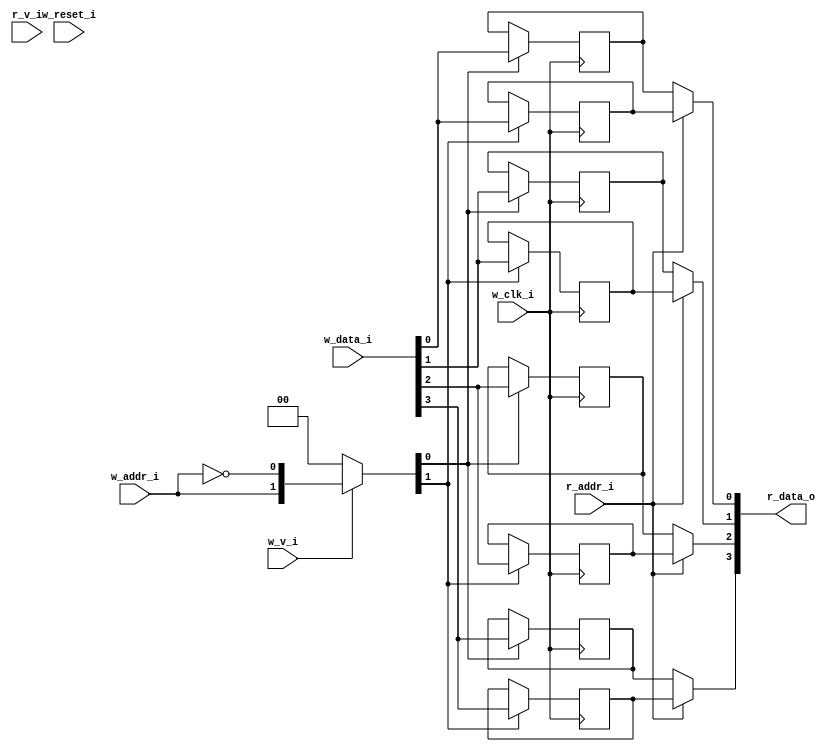
// This program was cloned from: https://github.com/NYU-MLDA/OpenABC
// License: BSD 3-Clause "New" or "Revised" License

module bsg_mem_1r1w_synth_width_p4_els_p2_read_write_same_addr_p0_harden_p0
(
  w_clk_i,
  w_reset_i,
  w_v_i,
  w_addr_i,
  w_data_i,
  r_v_i,
  r_addr_i,
  r_data_o
);

  input [0:0] w_addr_i;
  input [3:0] w_data_i;
  input [0:0] r_addr_i;
  output [3:0] r_data_o;
  input w_clk_i;
  input w_reset_i;
  input w_v_i;
  input r_v_i;
  wire [3:0] r_data_o;
  wire N0,N1,N2,N3,N4,N5,N7,N8;
  wire [7:0] mem;
  reg mem_7_sv2v_reg,mem_6_sv2v_reg,mem_5_sv2v_reg,mem_4_sv2v_reg,mem_3_sv2v_reg,
  mem_2_sv2v_reg,mem_1_sv2v_reg,mem_0_sv2v_reg;
  assign mem[7] = mem_7_sv2v_reg;
  assign mem[6] = mem_6_sv2v_reg;
  assign mem[5] = mem_5_sv2v_reg;
  assign mem[4] = mem_4_sv2v_reg;
  assign mem[3] = mem_3_sv2v_reg;
  assign mem[2] = mem_2_sv2v_reg;
  assign mem[1] = mem_1_sv2v_reg;
  assign mem[0] = mem_0_sv2v_reg;
  assign r_data_o[3] = (N3)? mem[3] : 
                       (N0)? mem[7] : 1'b0;
  assign N0 = r_addr_i[0];
  assign r_data_o[2] = (N3)? mem[2] : 
                       (N0)? mem[6] : 1'b0;
  assign r_data_o[1] = (N3)? mem[1] : 
                       (N0)? mem[5] : 1'b0;
  assign r_data_o[0] = (N3)? mem[0] : 
                       (N0)? mem[4] : 1'b0;

  always @(posedge w_clk_i) begin
    if(N8) begin
      mem_7_sv2v_reg <= w_data_i[3];
    end 
  end


  always @(posedge w_clk_i) begin
    if(N8) begin
      mem_6_sv2v_reg <= w_data_i[2];
    end 
  end


  always @(posedge w_clk_i) begin
    if(N8) begin
      mem_5_sv2v_reg <= w_data_i[1];
    end 
  end


  always @(posedge w_clk_i) begin
    if(N8) begin
      mem_4_sv2v_reg <= w_data_i[0];
    end 
  end


  always @(posedge w_clk_i) begin
    if(N7) begin
      mem_3_sv2v_reg <= w_data_i[3];
    end 
  end


  always @(posedge w_clk_i) begin
    if(N7) begin
      mem_2_sv2v_reg <= w_data_i[2];
    end 
  end


  always @(posedge w_clk_i) begin
    if(N7) begin
      mem_1_sv2v_reg <= w_data_i[1];
    end 
  end


  always @(posedge w_clk_i) begin
    if(N7) begin
      mem_0_sv2v_reg <= w_data_i[0];
    end 
  end

  assign N5 = ~w_addr_i[0];
  assign { N8, N7 } = (N1)? { w_addr_i[0:0], N5 } : 
                      (N2)? { 1'b0, 1'b0 } : 1'b0;
  assign N1 = w_v_i;
  assign N2 = N4;
  assign N3 = ~r_addr_i[0];
  assign N4 = ~w_v_i;

endmodule